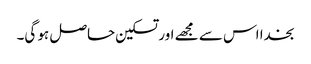
بخدا اس سے مجھے اور تسکین حاصل ہو گی۔